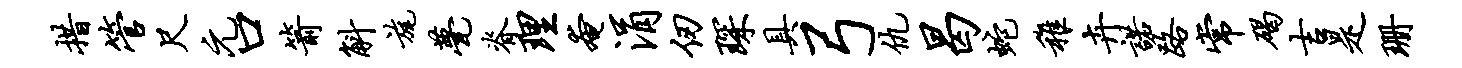
措管尺元口箭斛旄甍脊理奄涓仞琛具弓仇曷蛇稚卉诺路常碣吉是珊